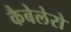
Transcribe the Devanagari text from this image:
कैबेलेरो